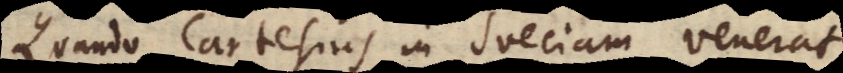
Quando Cartesius in Sueciam venerat